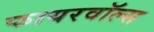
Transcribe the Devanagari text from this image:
फायरवॉल्स